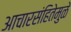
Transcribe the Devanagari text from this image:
आचारसंहितेमुळे